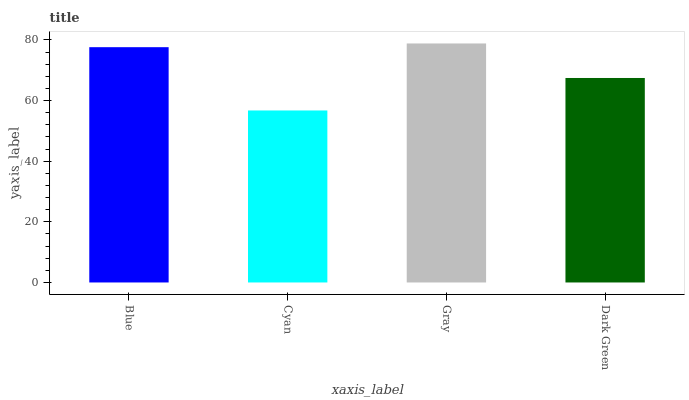
| xaxis_label | bars |
 | --- | --- |
 | Blue | 77.6 |
 | Cyan | 56.7 |
 | Gray | 78.8 |
 | Dark Green | 67.4 |